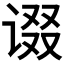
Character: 𰵷